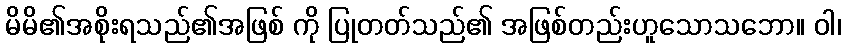
မိမိ၏အစိုးရသည်၏အဖြစ် ကို ပြုတတ်သည်၏ အဖြစ်တည်းဟူသောသဘော။ ဝါ၊